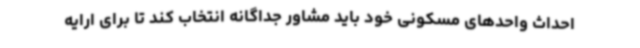
احداث واحدهای مسکونی خود باید مشاور جداگانه انتخاب کند تا برای ارایه